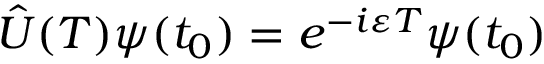
\hat { U } ( T ) \psi ( t _ { 0 } ) = e ^ { - i \varepsilon T } \psi ( t _ { 0 } )